Scientific memoirs by medical officers of the Army of India - Part III,
Year: 1887
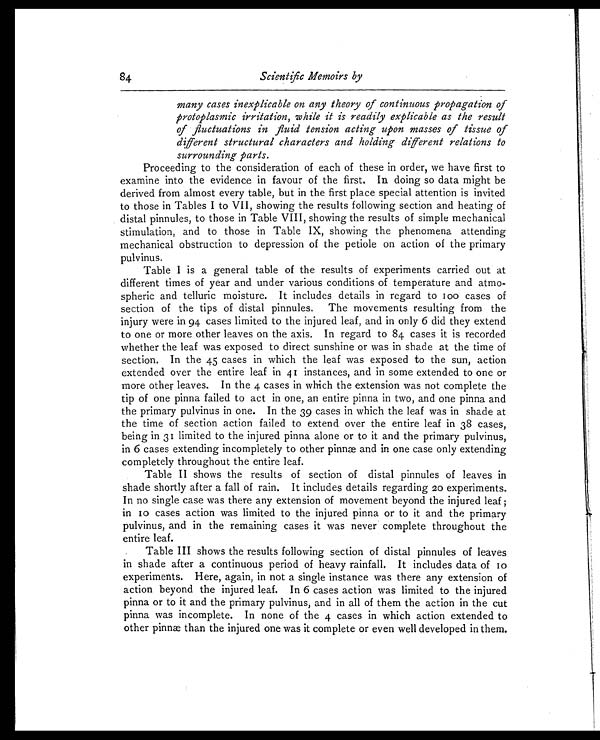
Scientific Memoirs by
many cases inexplicable on any theory of continuous propagation of
protoplasmic irritation, while it is readily explicable as the result
of fluctuations in fluid tension acting upon masses of tissue of
different structural characters and holding different relations to
surrounding parts.
Proceeding to the consideration of each of these in order, we have first to
examine into the evidence in favour of the first. In doing so data might be
derived from almost every table, but in the first place special attention is invited
to those in Tables I to VII, showing the results following section and heating of
distal pinnules, to those in Table VIII, showing the results of simple mechanical
stimulation, and to those in Table IX, showing the phenomena attending
mechanical obstruction to depression of the petiole on action of the primary
pulvinus.
Table I is a general table of the results of experiments carried out at
different times of year and under various conditions of temperature and atmo-
spheric and telluric moisture. It includes details in regard to 100 cases of
section of the tips of distal pinnules. The movements resulting from the
injury were in 94 cases limited to the injured leaf, and in only 6 did they extend
to one or more other leaves on the axis. In regard to 84 cases it is recorded
whether the leaf was exposed to direct sunshine or was in shade at the time of
section. In the 45 cases in which the leaf was exposed to the sun, action
extended over the entire leaf in 41 instances, and in some extended to one or
more other leaves. In the 4 cases in which the extension was not complete the
tip of one pinna failed to act in one, an entire pinna in two, and one pinna and
the primary pulvinus in one. In the 39 cases in which the leaf was in shade at
the time of section action failed to extend over the entire leaf in 38 cases,
being in 31 limited to the injured pinna alone or to it and the primary pulvinus,
in 6 cases extending incompletely to other pinnæ and in one case only extending
completely throughout the entire leaf.
Table II shows the results of section of distal pinnules of leaves in
shade shortly after a fall of rain. It includes details regarding 20 experiments.
In no single case was there any extension of movement beyond the injured leaf ;
in 10 cases action was limited to the injured pinna or to it and the primary
pulvinus, and in the remaining cases it was never complete throughout the
entire leaf.
Table III shows the results following section of distal pinnules of leaves
in shade after a continuous period of heavy rainfall. It includes data of 10
experiments. Here, again, in not a single instance was there any extension of
action beyond the injured leaf. In 6 cases action was limited to the injured
pinna or to it and the primary pulvinus, and in all of them the action in the cut
pinna was incomplete. In none of the 4 cases in which action extended to
other pinnæ than the injured one was it complete or even well developed in them.
84